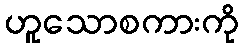
ဟူသောစကားကို